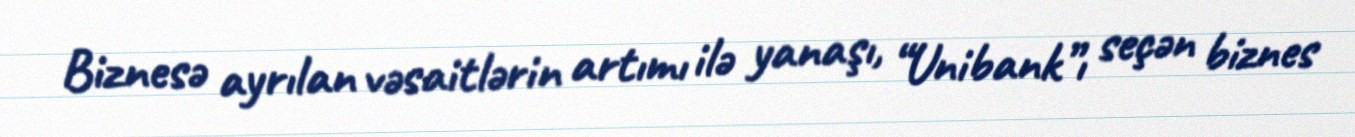
Biznesə ayrılan vəsaitlərin artımı ilə yanaşı, “Unibank”ı seçən biznes